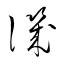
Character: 譏